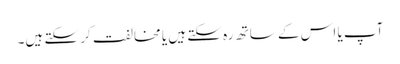
آپ یا اس کے ساتھ رہ سکتے ہیں یا مخالفت کر سکتے ہیں۔